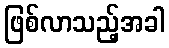
ဖြစ်လာသည့်အခါ